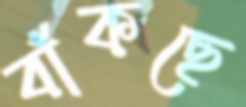
বাঁকছে